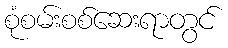
စုံစမ်းစစ်ဆေးရာတွင်